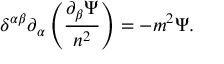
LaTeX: \delta ^ { \alpha \beta } \partial _ { \alpha } \left( \frac { \partial _ { \beta } \Psi } { n ^ { 2 } } \right) = - m ^ { 2 } \Psi .